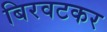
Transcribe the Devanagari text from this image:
बिरवटकर